King Institute of Preventive Medicine Bacteriolog. Section reports 1907-08
Year: 1907
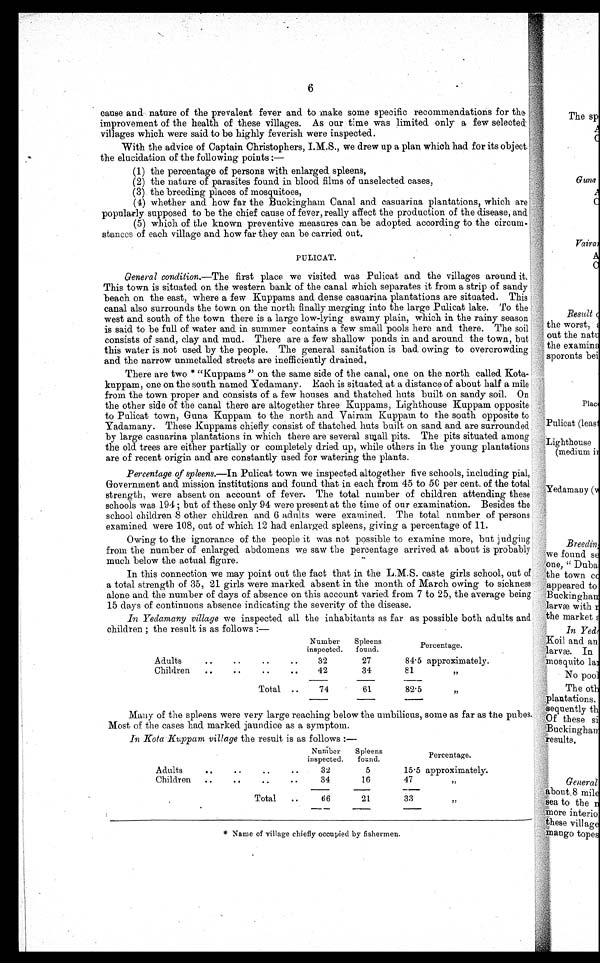
6
cause and nature of the prevalent fever and to make some specific recommendations for the
improvement of the health of these villages. As our time was limited only a few selected
villages which were said to be highly feverish were inspected.
With the advice of Captain Christophers, I.M.S., we drew up a plan which had for its object
the elucidation of the following points:—
(1)
(1) the percentage of persons with enlarged spleens,
(2)
(2) the nature of parasites found in blood films of unselected cases,
(3)
(3) the breeding places of mosquitoes,
(4)
(4) whether and how far the Buckingham Canal and casuarina plantations, which are
popularly supposed to be the chief cause of fever, really affect the production of the disease, and
(5)
(5) which of the known preventive measures can be adopted. according to the circum-
stances of each village and how far they can be carried. out.
PULICAT.
General condition.—The first place we visited was Pulicat and the villages around it
This town is situated on the western bank of the canal which separates it from a strip of sandy
beach on the east, where a few Kuppams and dense casuarina plantations are situated. This
canal also surrounds the town on the north finally merging into the large Pulicat lake. To the
west and south of the town there is a large low-lying swamy plain, which in the rainy season
is said to be full of water and in summer contains a few small pools here and there. The soil
consists of sand, clay and mud. There are a few shallow ponds in and around the town, but
this water is not used by the people. The general sanitation is bad owing to overcrowding
and the narrow unmetalled streets are inefficiently drained.
There are two * "Kuppams " on the same side of the canal, one on the north called Kota-
kuppam, one on the south named. Yedamany. Each is situated. at a distance of about half a mile
from the town proper and consists of a few houses and thatched huts built on sandy soil. On
the other side of the canal there are altogether three Kuppams, Lighthouse Kuppam opposite
to Pulicat town, Guna Kuppam to the north and Vairam Kuppam to the south opposite to
Yadamany. These Kuppams chiefly consist of thatched huts built on sand and are surrounded
by large casuarina plantations in which there are several small pits. The pits situated among
the old trees are either partially or completely dried up, while others in the young plantations
are of recent origin and are constantly used for watering the plants.
Percentage of spleens.—In Pulicat town we inspected altogether five schools, including pial,
Government and mission institutions and found that in each from 45 to 50 per cent. of the total
strength, were absent on account of fever. The total number of children attending these
schools was 194 ; but of these only 94 were present at the time of our examination. Besides the
school children 8 other children and 6 adults were examined. The total number. of persons
examined were 108, out of which 12 had enlarged spleens, giving a percentage of 11.
Owing to the ignorance of the people it was not possible to examine more, but judging
from the number of enlarged abdomens we saw the percentage arrived at about is probably
much below the actual figure.
In this connection we may point out the fact that in the L.M.S. caste girls school, out of
a total strength of 35, 21 girls were marked absent in the month of March owing to sickness
alone and the number of days of absence on this account varied from 7 to 25, the average being
15 clays of continuous absence indicating the severity of the disease.
In Yedamany village we inspected all the inhabitants as far as possible both adults and
children ; the result is as follows :—
Number
inspected.
Spleens
found.
Percentage.
Adults
. .
. .
..
..
32
27
84.5 approximately.
Children
..
. .
. .
42
34
81
,,
Total ..
74
61
82.5
,,
Many of the spleens were very large reaching below the umbilicus, some as far as the pubes.
Most of the cases had marked jaundice as a symptom.
In Kota Kuppam village the result is as follows :—
Number
inspected.
Spleens
found.
Percentage.
Adults
..
. .
. .
32
5
15.5 approximately.
Children
..
..
. .
. .
34
16
47
,,
.
Total
..
66
21
33
,,
* Name of village chiefly occupied by fishermen.